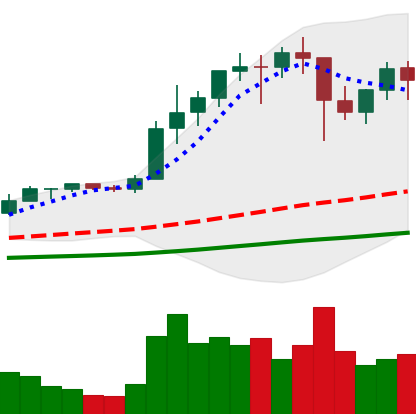
Ticker: ETH-USD
Chart end date: 2021-01-15
Forward return: 17.958%
Label: up_7plus